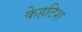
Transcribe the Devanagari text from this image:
केहटिश